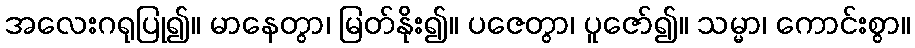
အလေးဂရုပြု၍။ မာနေတွာ၊ မြတ်နိုး၍။ ပဇေတွာ၊ ပူဇော်၍။ သမ္မာ၊ ကောင်းစွာ။